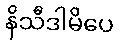
နိသီဒါမိပေ